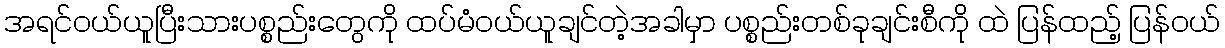
အရင်ဝယ်ယူပြီးသားပစ္စည်းတွေကို ထပ်မံဝယ်ယူချင်တဲ့အခါမှာ ပစ္စည်းတစ်ခုချင်းစီကို ထဲ ပြန်ထည့် ပြန်၀ယ်